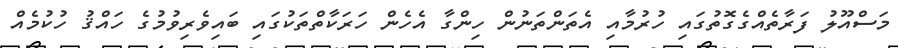
މަސްއޫލު ފަރާތެއްގެގޮތުގައި ހުރުމާއި އެތަންތަނުން ހިންގާ އެހެން ހަރަކާތްތަކުގައި ބައިވެރިވުމުގެ ހައްޤު ހުކުމެއް